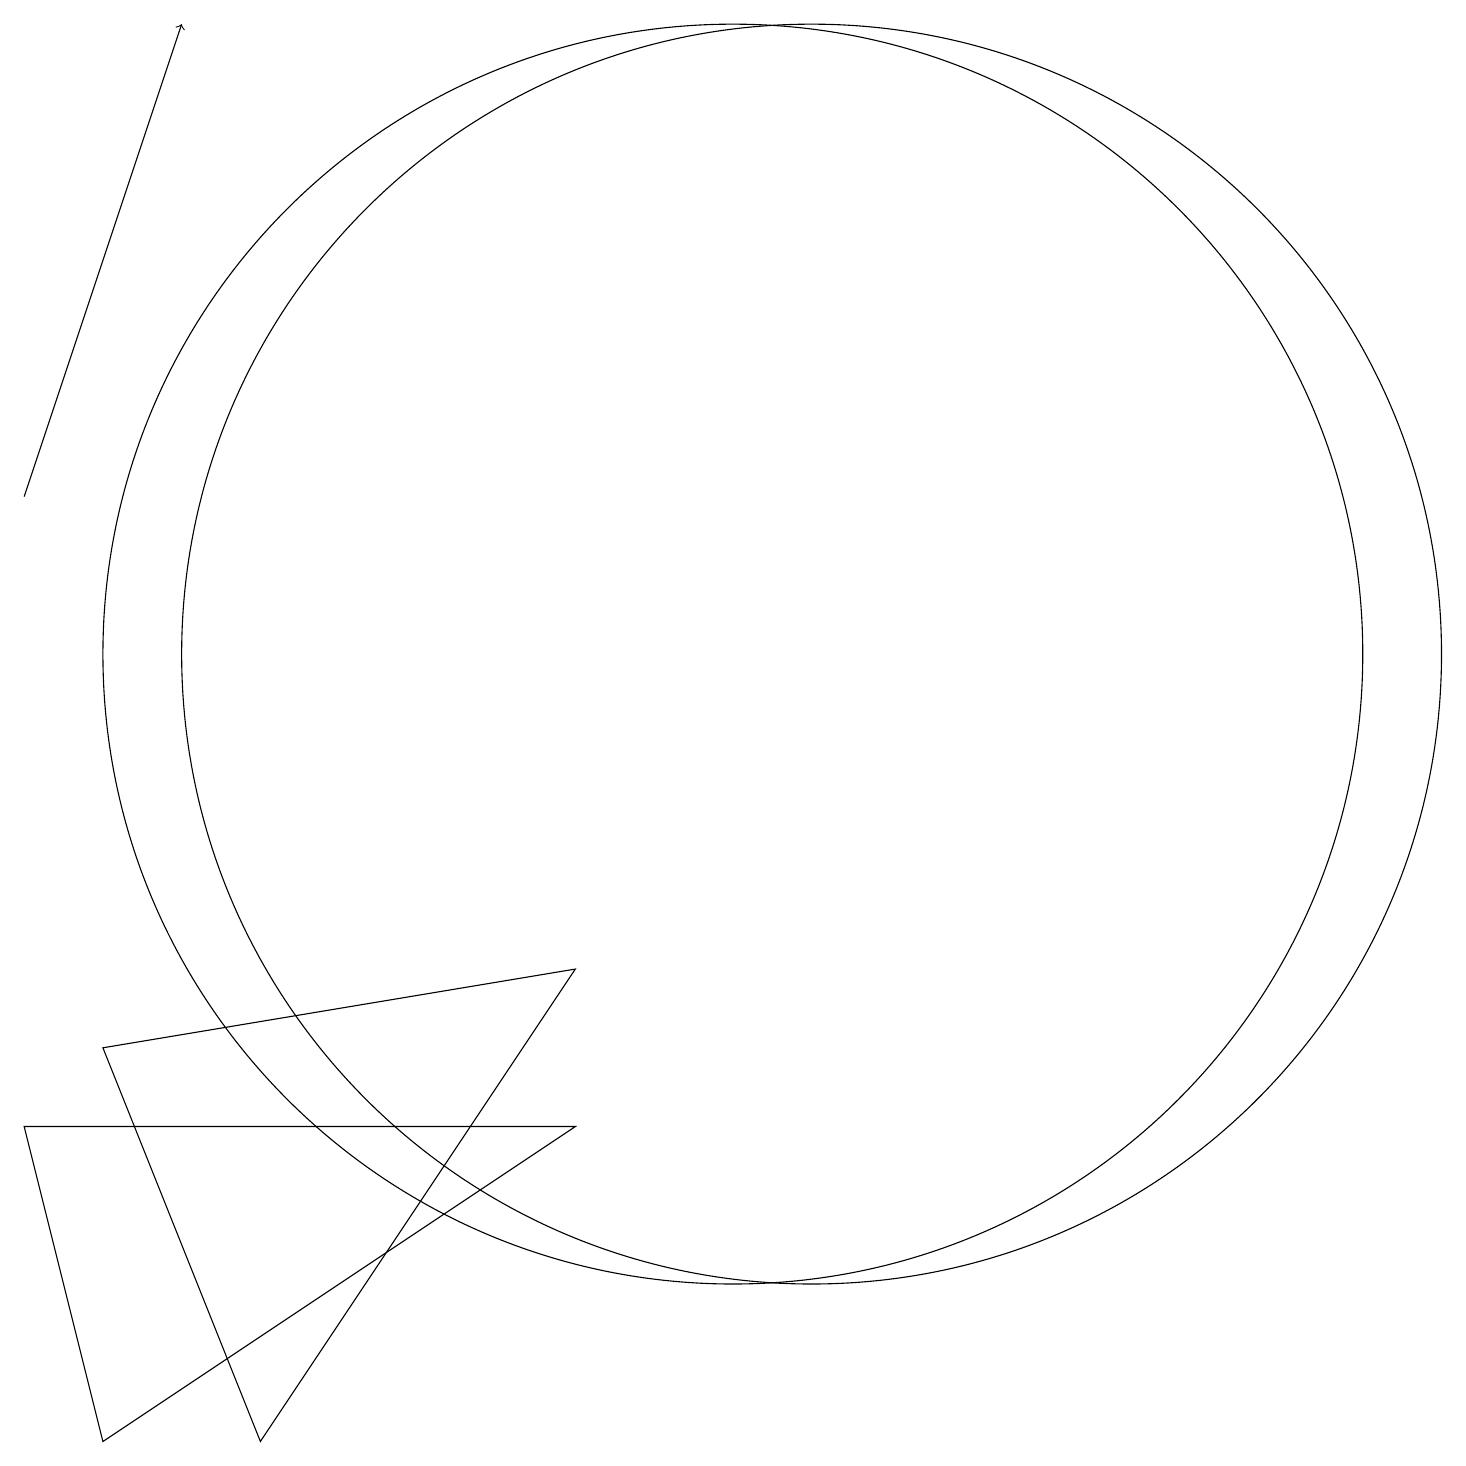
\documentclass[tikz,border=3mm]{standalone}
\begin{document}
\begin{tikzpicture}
\draw[->] (2,13) -- (4,19);
\draw (12,11) circle (8);
\draw (11,11) circle (8);
\draw (9,7) -- (5,1) -- (3,6) -- cycle;
\draw (3,1) -- (9,5) -- (2,5) -- cycle;
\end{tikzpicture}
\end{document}